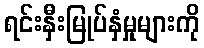
ရင်းနှီးမြုပ်နှံမှုများကို